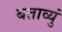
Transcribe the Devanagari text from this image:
बताव्युं